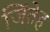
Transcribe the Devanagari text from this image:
जिंतेह